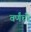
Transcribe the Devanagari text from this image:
वर्णंची